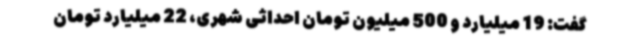
گفت: 19 میلیارد و 500 میلیون تومان احداثی شهری، 22 میلیارد تومان